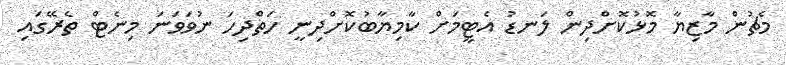
މެޗުން މާޒިޔާ މޮޅުކޮށްދިން ލަނޑު އެޓީމަށް ކާމިޔާބުކޮށްދިނީ ހަތްދިހަ ނުވަވަނަ މިނެޓް ތެރޭގައި